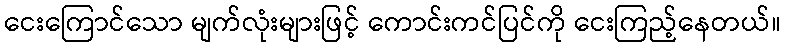
ငေးကြောင်သော မျက်လုံးများဖြင့် ကောင်းကင်ပြင်ကို ငေးကြည့်နေတယ်။